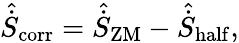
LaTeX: \hat{\dot{S}}_{\mathrm{corr}}=\hat{\dot{S}}_{\mathrm{ZM}}-\hat{\dot{S}}_{\mathrm{half}},